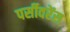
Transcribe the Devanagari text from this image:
पर्सीवरेंस